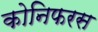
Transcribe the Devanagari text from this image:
कोनिफरस